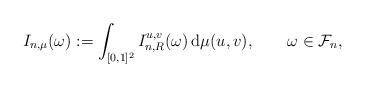
LaTeX: \begin{align*} I_{n,\mu}(\omega):= \int_{[0,1]^2}I_{n,R}^{u,v}(\omega) \,\mathrm{d}\mu(u,v), \qquad\omega\in\mathcal{F}_n,\end{align*}